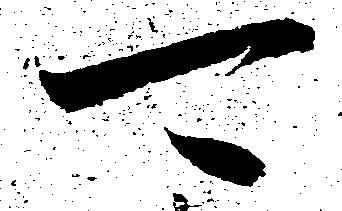
可